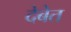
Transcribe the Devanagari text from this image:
देबेत